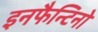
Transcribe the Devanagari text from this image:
इनफैन्टिनो